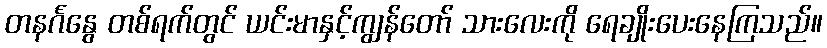
တနင်္ဂနွေ တစ်ရက်တွင် ယင်းမာနှင့်ကျွန်တော် သားလေးကို ရေချိုးပေးနေကြသည်။